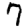
Digit: 7